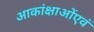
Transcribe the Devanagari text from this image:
आकांक्षाओंएवं